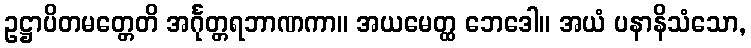
ဥဋ္ဌာပိတမတ္တေတိ အင်္ဂုတ္တရဘာဏကာ။ အယမေတ္ထ ဘေဒေါ။ အယံ ပနာနိသံသော,